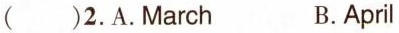
()2.A.March B.April